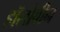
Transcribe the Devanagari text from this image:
हॉलोवीन